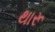
થારૂ